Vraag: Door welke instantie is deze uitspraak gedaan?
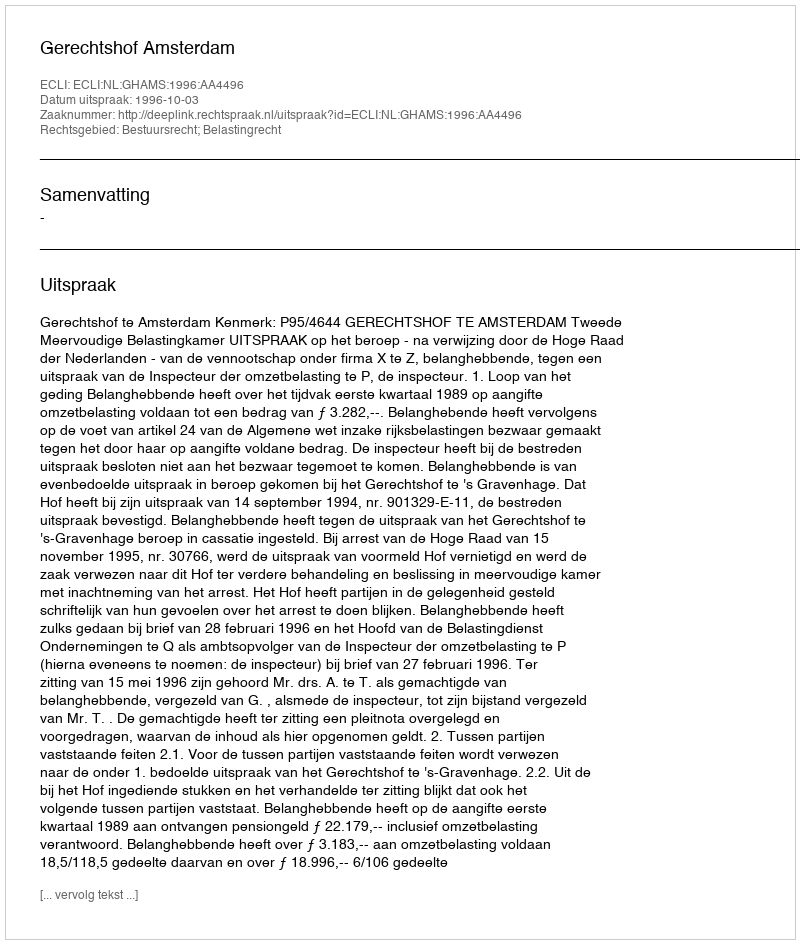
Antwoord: Gerechtshof Amsterdam